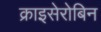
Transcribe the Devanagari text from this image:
क्राइसेरोबिन